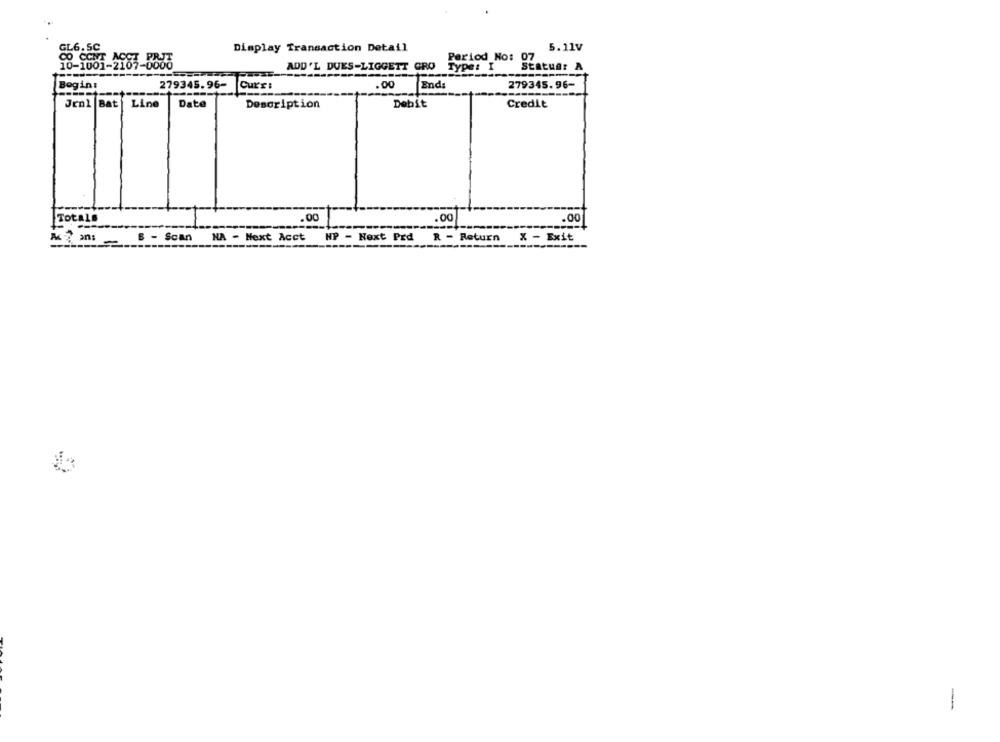
GL6. SC
Display Transaction Detail
5.11V
CO CONT ACCT PRIT
Period No: 07
10-1001-2107-0000
ADD'L DUES-LIGGETT CRO
Type: I
Status: A
Begin:
279345.96-
Curr:
.00
End
279345.96-
Jrnl Bat
Date
Description
Debit
Credit
Line
Totals
.00
.00
.00
---
6 - Scan
NA - Next Acct
HP - Next Prd
R - Return
X - Exit
-